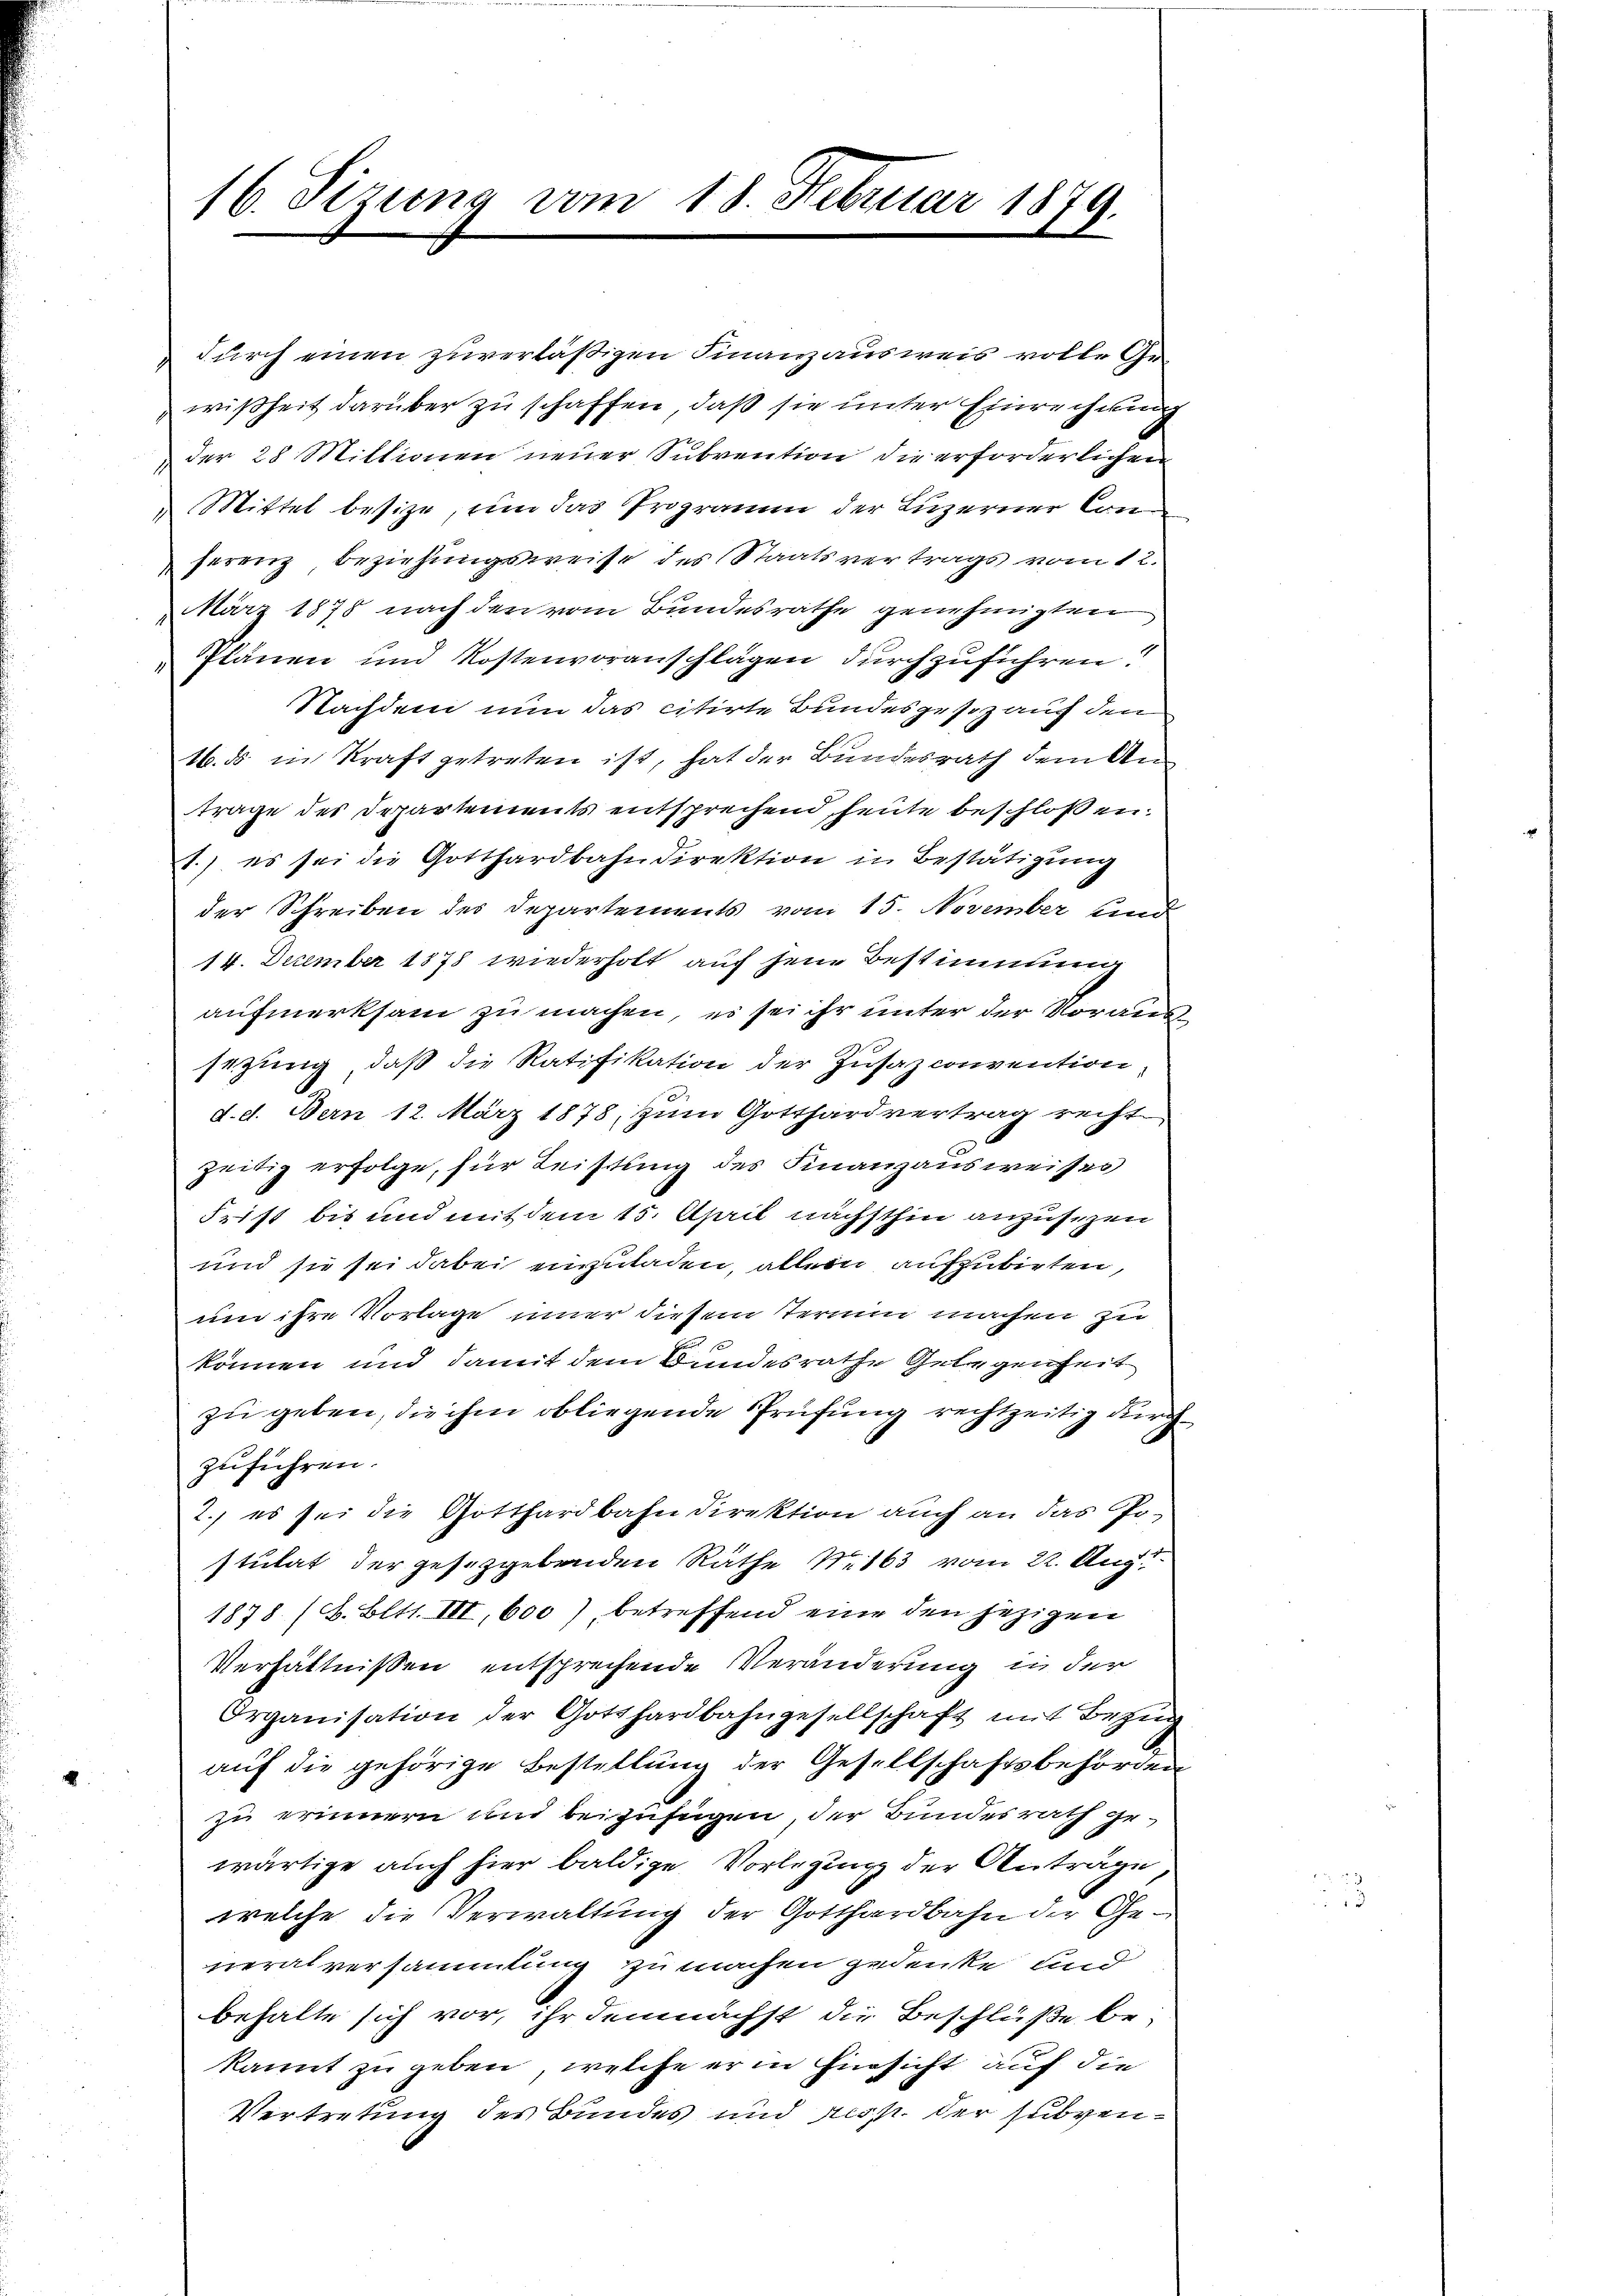
16. Sizung vom 18. Februar 1879.

durch einen zuverläßigen Finanzausweis volle Gewißheit darüber zu schaffen, daß sie unter Einrechnung
der 28 Mittionen neuer Subvention die erforderlichen
Mittel besize, um das Programm der Luzerner Con
ferenz, beziehungsweise des Staatsvertrags vom 12.
März 1878 nach den vom Bundesrathe genehmigten
Plänen und Kostenvoranschlägen durchzuführen!
Nachdem nun das citirte Bundesgesez auf den
16. ds in Kraft getreten ist, hat der Bundesrath dem Antrage des Departements entsprechend heute beschlossen:
1.) es sei die Gotthardbahndirektion in Bestätigung
der Schreiben des Departements vom 15. November und
14. Dezember 1878 wiederholt auf jene Bestimmung
aufmerksam zu machen, es sei ihr unter der Voraus
sezung, daß die Ratifikation der Zusazconvention,
d. d. Bern 12. März 1878, zum Gotthardvertrag recht
zeitig erfolge, für Leistung des Finanzausweises
Frist bis und mit dem 15. April nächsthin anzusezen
und sie sei dabei einzuladen, allein aufzubirten,
um ihre Vorlage inner diesem Termin machen zu
können und damit dem Bundesrathe Gelegenheit
zu geben, die ihm obliegende Prüfung rechtzeitig durchzuführen.
2. es sei die Gotthardbahndirektion auch an das Po-
stulat der gesetzgebenden Räthe S. 163 vom 22. Aug.
1878 (2. Bett. III, 600), betreffend eine den jezigen
Verhältnißen entsprechende Veränderung in der
Organisation der Gotthardbahngesellschaft mit Bezi
auf die gehörige Bestellung der Gesellschaftsbehörden
zu erinnern und beizufügen der Bundesrath ge-
wärtige auch hier baldige Vorlegung der Anträge
welche die Verwaltung der Gotthardbahn der Generalversammlung zu machen gedenke und
behalte sich vor, ihr demnächst die Beschlüße be-
kannt zu geben, welche er in Hinsicht auf die
Vertretung des Bundes und resp. der subven¬